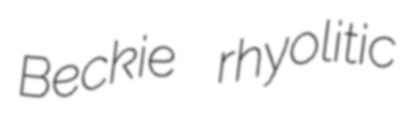
Beckie rhyolitic